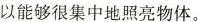
以能够很集中地照亮物体。